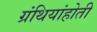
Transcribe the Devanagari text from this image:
ग्रंथियांहोती